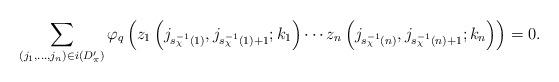
LaTeX: \begin{align*}\sum_{(j_1, \ldots, j_n) \in i(D'_\pi)} \varphi_q\left(z_1\left(j_{s^{-1}_\chi(1)}, j_{s^{-1}_\chi(1) + 1}; k_1\right) \cdots z_n\left(j_{s^{-1}_\chi(n)}, j_{s^{-1}_\chi(n) + 1}; k_n\right) \right) = 0.\end{align*}